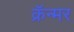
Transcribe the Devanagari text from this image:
क्रॅन्मर